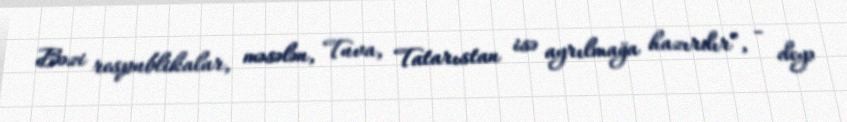
Bəzi respublikalar, məsələn, Tuva, Tatarıstan isə ayrılmağa hazırdır”, - deyə